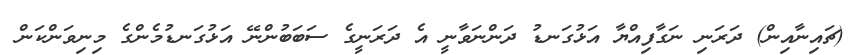
(ޗައިނާއިން) ދަރަނި ނަގާފިއްޔާ އަޅުގަނޑު ދަންނަވާނީ އެ ދަރަނީގެ ސަބަބުންނޭ އަޅުގަނޑުމެންގެ މިނިވަންކަން